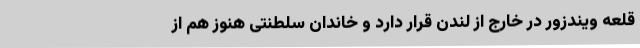
قلعه ویندزور در خارج از لندن قرار دارد و خاندان سلطنتی هنوز هم از